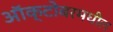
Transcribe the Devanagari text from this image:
ऑक्टोबरमधील